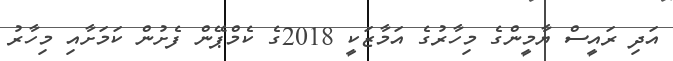
އަދި ރައީސް ޔާމީންގެ މިހާރުގެ އަމާޒަކީ 2018ގެ ކެމްޕޭން ފެށުން ކަމަށާއި މިހާރު